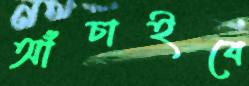
আঁচাইবে